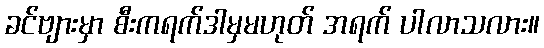
ခင်ဗျားမှာ စီးကရက်ဒါမှမဟုတ် အရက် ပါလာသလား။